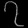
Digit: ၇